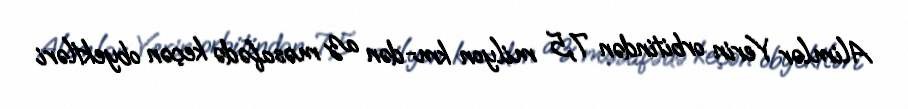
Alimlər Yerin orbitindən 7,5 milyon km-dən az məsafədə keçən obyektləri